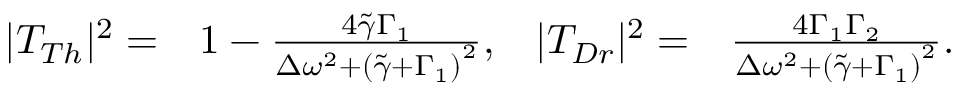
\begin{array} { r l r l } { | T _ { T h } | ^ { 2 } = } & { 1 - \frac { 4 \tilde { \gamma } \Gamma _ { 1 } } { \Delta \omega ^ { 2 } + \left( \tilde { \gamma } + \Gamma _ { 1 } \right) ^ { 2 } } , } & { | T _ { D r } | ^ { 2 } = } & { \frac { 4 \Gamma _ { 1 } \Gamma _ { 2 } } { \Delta \omega ^ { 2 } + \left( \tilde { \gamma } + \Gamma _ { 1 } \right) ^ { 2 } } . } \end{array}